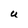
Character: u